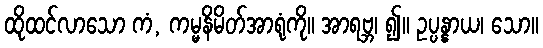
ထိုထင်လာသော ကံ, ကမ္မနိမိတ်အာရုံကို။ အာရဗ္ဘ၊ ၍။ ဥပ္ပန္နာယ၊ သော။